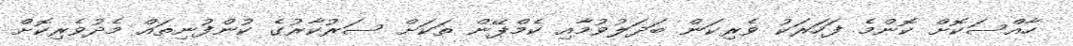
ހާއްސަކޮށް ކޮންމެ ފަހަރަކު ވެރިކަން ބަދަލުވުމާއި ކެމްޕޭން ތަކަށް ސަރުކާރުގެ ކުންފުނިތައް މެދުވެރިކޮށް